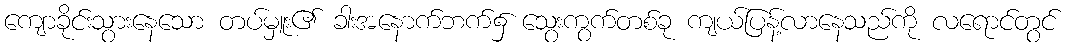
ကျောခိုင်းသွားနေသော တပ်မှူး၏ ခါးအနောက်ဘက်၌ သွေးကွက်တစ်ခု ကျယ်ပြန့်လာနေသည်ကို လရောင်တွင်